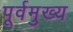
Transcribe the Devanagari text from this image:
पूर्वमुख्य